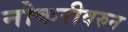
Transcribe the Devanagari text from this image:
नोकरीवरुन